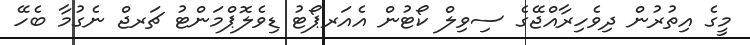
މީގެ އިތުރުން ދިވެހިރާއްޖޭގެ ސިވިލް ކޯޓުން އެއަރޕޯޓު ޑިވެލޮޕްމަންޓު ޗަރޖް ނެގުމާ ބެހޭ